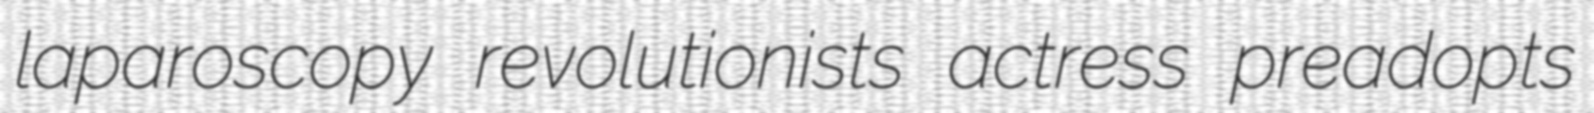
laparoscopy revolutionists actress preadopts